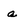
Character: a